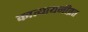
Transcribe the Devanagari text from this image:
कात्यायनीव्रत